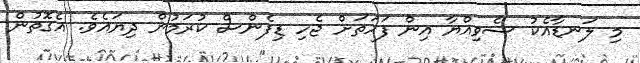
މި ލަނޑާއެކު ސެވިއްޔާ އިން ފަހަތަށް ޖެހި ޑިފެންސް ކުރަމުން ދިޔައެވެ. އެގޮތުން